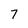
Character: 7